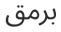
برمق